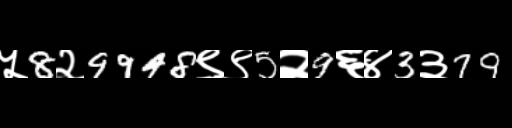
Text: ५8२9948९९5२9६४3३79